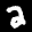
Label: 2